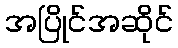
အပြိုင်အဆိုင်